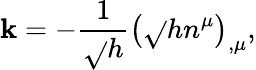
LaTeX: \mathbf{k}=-\frac{1}{{\sqrt{}{{h}}}}\left(\sqrt{}{{h}}n^{\mu}\right)_{,\mu},